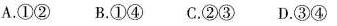
A.①② B.①④ C.②③ D.③④